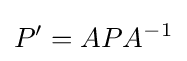
P'=APA^{-1}